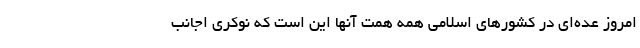
امروز عده‌ای در کشورهای اسلامی همه همت آنها این است که نوکری اجانب